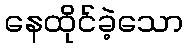
နေထိုင်ခဲ့သော